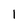
Character: 1